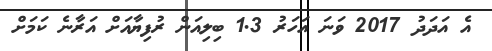
އެ އަދަދު 2017 ވަނަ އަަހަރު 1.3 ބިލިއަން ރުފިޔާއަށް އަރާނެ ކަމަށް